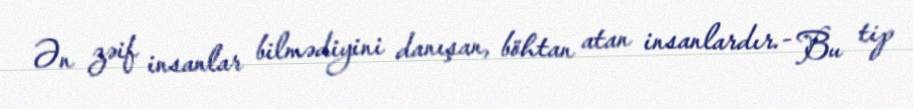
Ən zəif insanlar bilmədiyini danışan, böhtan atan insanlardır.- Bu tip